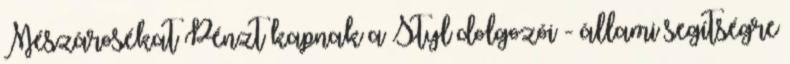
Mészárosékat Pénzt kapnak a Styl dolgozói - állami segítségre